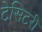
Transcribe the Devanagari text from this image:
टेसिटरी